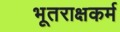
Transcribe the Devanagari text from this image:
भूतराक्षकर्म